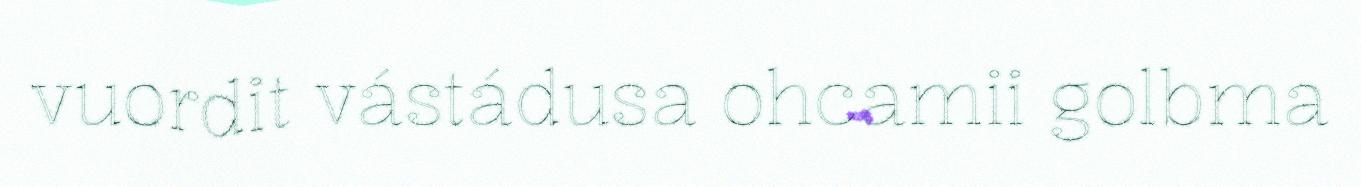
vuordit vástádusa ohcamii golbma